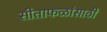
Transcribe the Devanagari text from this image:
सीताफळांसाठी